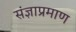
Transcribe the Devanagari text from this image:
संज्ञाप्रमाण